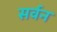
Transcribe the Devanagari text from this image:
सर्वन